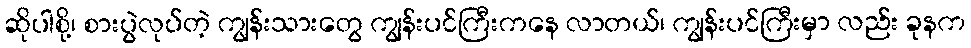
ဆိုပါစို့၊ စားပွဲလုပ်တဲ့ ကျွန်းသားတွေ ကျွန်းပင်ကြီးကနေ လာတယ်၊ ကျွန်းပင်ကြီးမှာ လည်း ခုနက